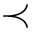
\prec